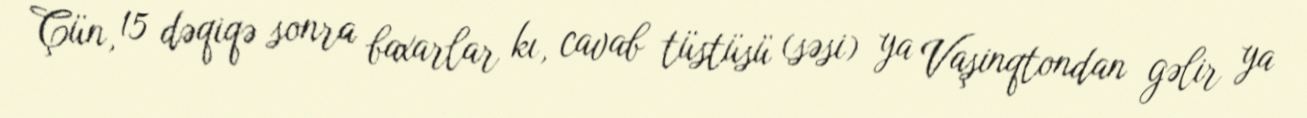
Çün, 15 dəqiqə sonra baxarlar kı, cavab tüstüsü (səsi) ya Vaşinqtondan gəlir ya